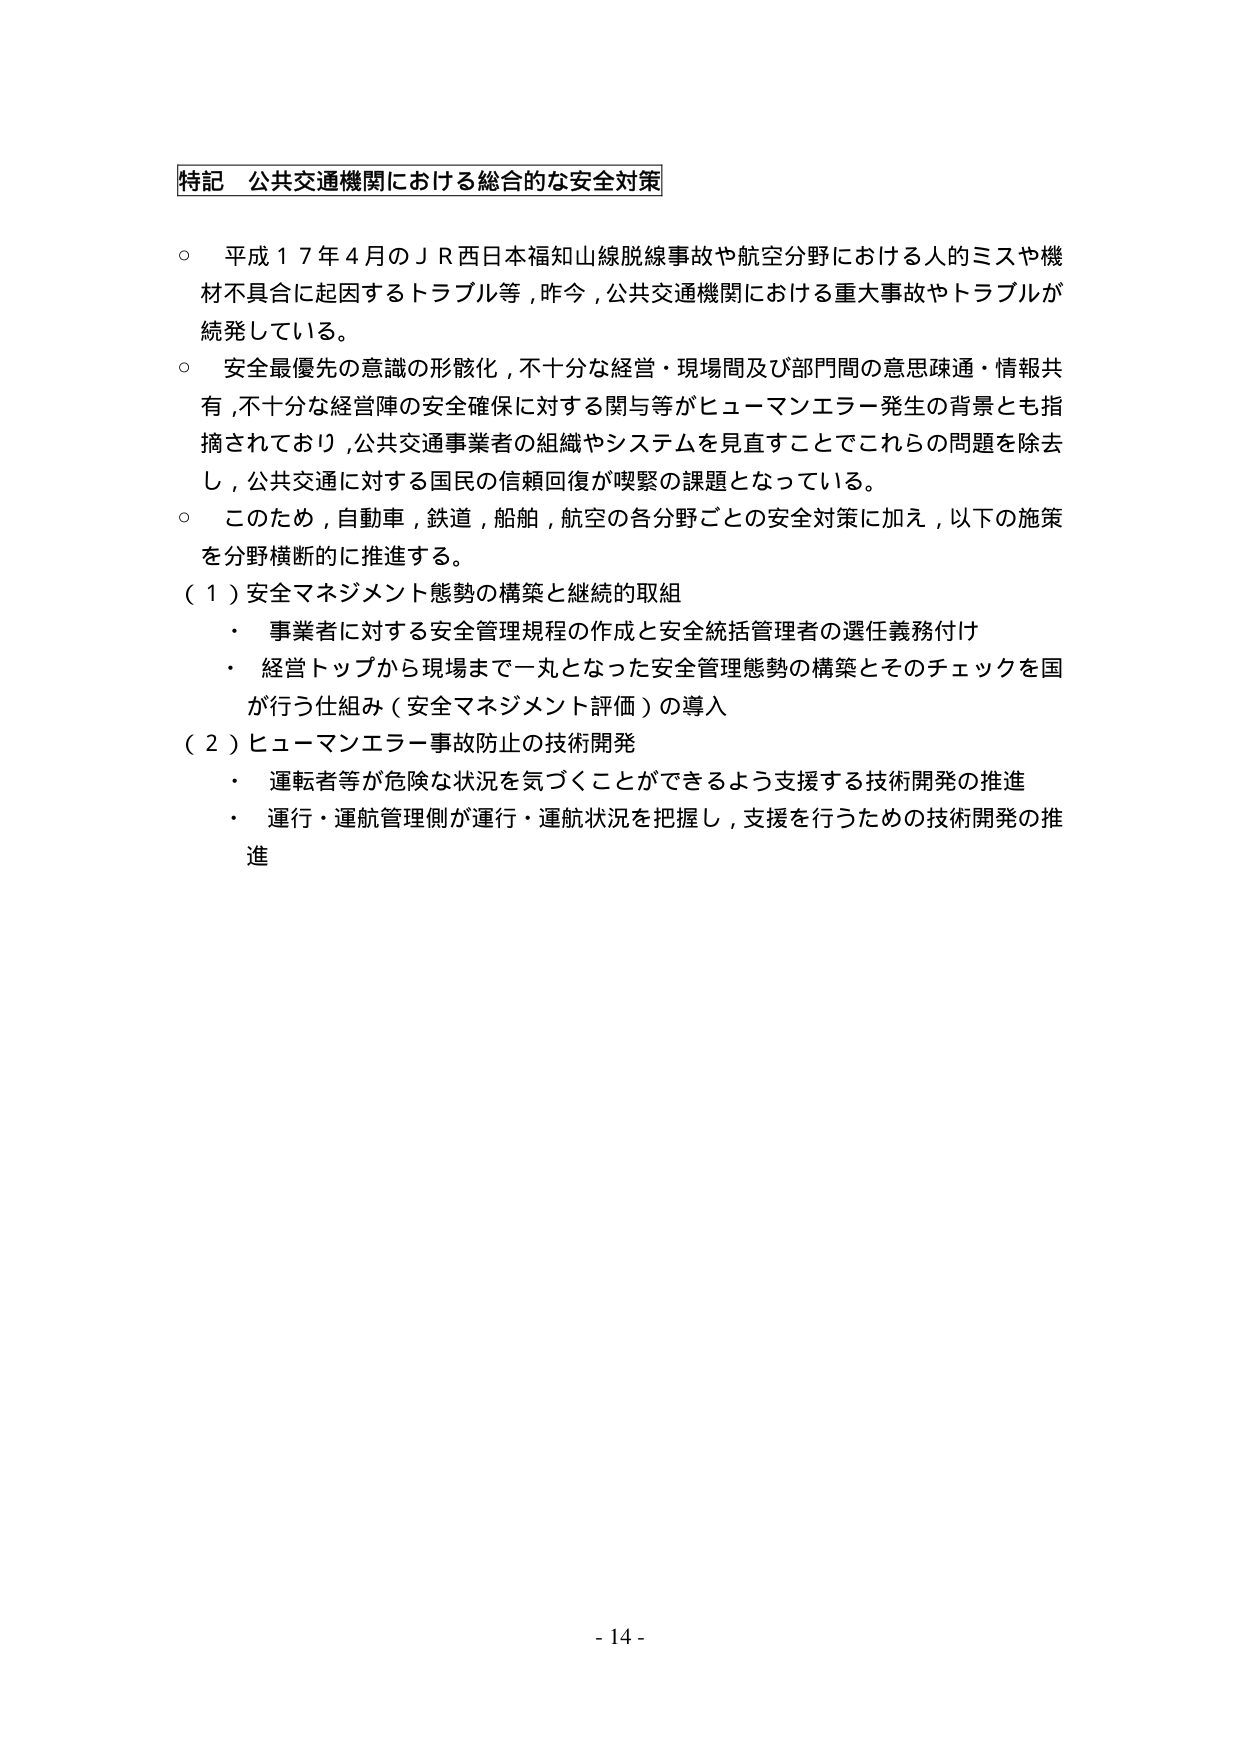
特記 公共交通機関における総合的な安全対策

○ 平成１７年４月のＪＲ西日本福知山線脱線事故や航空分野における人的ミスや機材不具合に起因するトラブル等，昨今，公共交通機関における重大事故やトラブルが続発している。

○ 安全最優先の意識の形骸化，不十分な経営・現場間及び部門間の意思疎通・情報共有，不十分な経営陣の安全確保に対する関与等がヒューマンエラー発生の背景とも指摘されており，公共交通事業者の組織やシステムを見直すことでこれらの問題を除去し，公共交通に対する国民の信頼回復が喫緊の課題となっている。

○ このため，自動車，鉄道，船舶，航空の各分野ごとの安全対策に加え，以下の施策を分野横断的に推進する。

（１）安全マネジメント態勢の構築と継続的取組
・ 事業者に対する安全管理規程の作成と安全統括管理者の選任義務付け
・ 経営トップから現場まで一丸となった安全管理態勢の構築とそのチェックを国が行う仕組み（安全マネジメント評価）の導入

（２）ヒューマンエラー事故防止の技術開発
・ 運転者等が危険な状況を気づくことができるよう支援する技術開発の推進
・ 運行・運航管理側が運行・運航状況を把握し，支援を行うための技術開発の推進

- 14 -